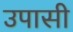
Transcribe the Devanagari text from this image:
उपासी